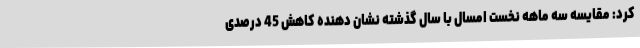
کرد: مقایسه سه ماهه نخست امسال با سال گذشته نشان دهنده کاهش 45 درصدی